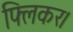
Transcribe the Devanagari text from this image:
फ्लिकर।